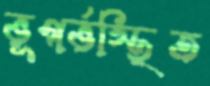
ভূগর্ভস্থিত